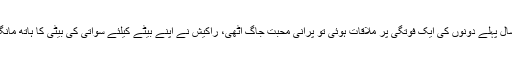
ایک سال پہلے دونوں کی ایک فوتگی پر ملاقات ہوئی تو پرانی محبت جاگ اٹھی، راکیش نے اپنے بیٹے کیلئے سواتی کی بیٹی کا ہاتھ مانگ لیا ۔